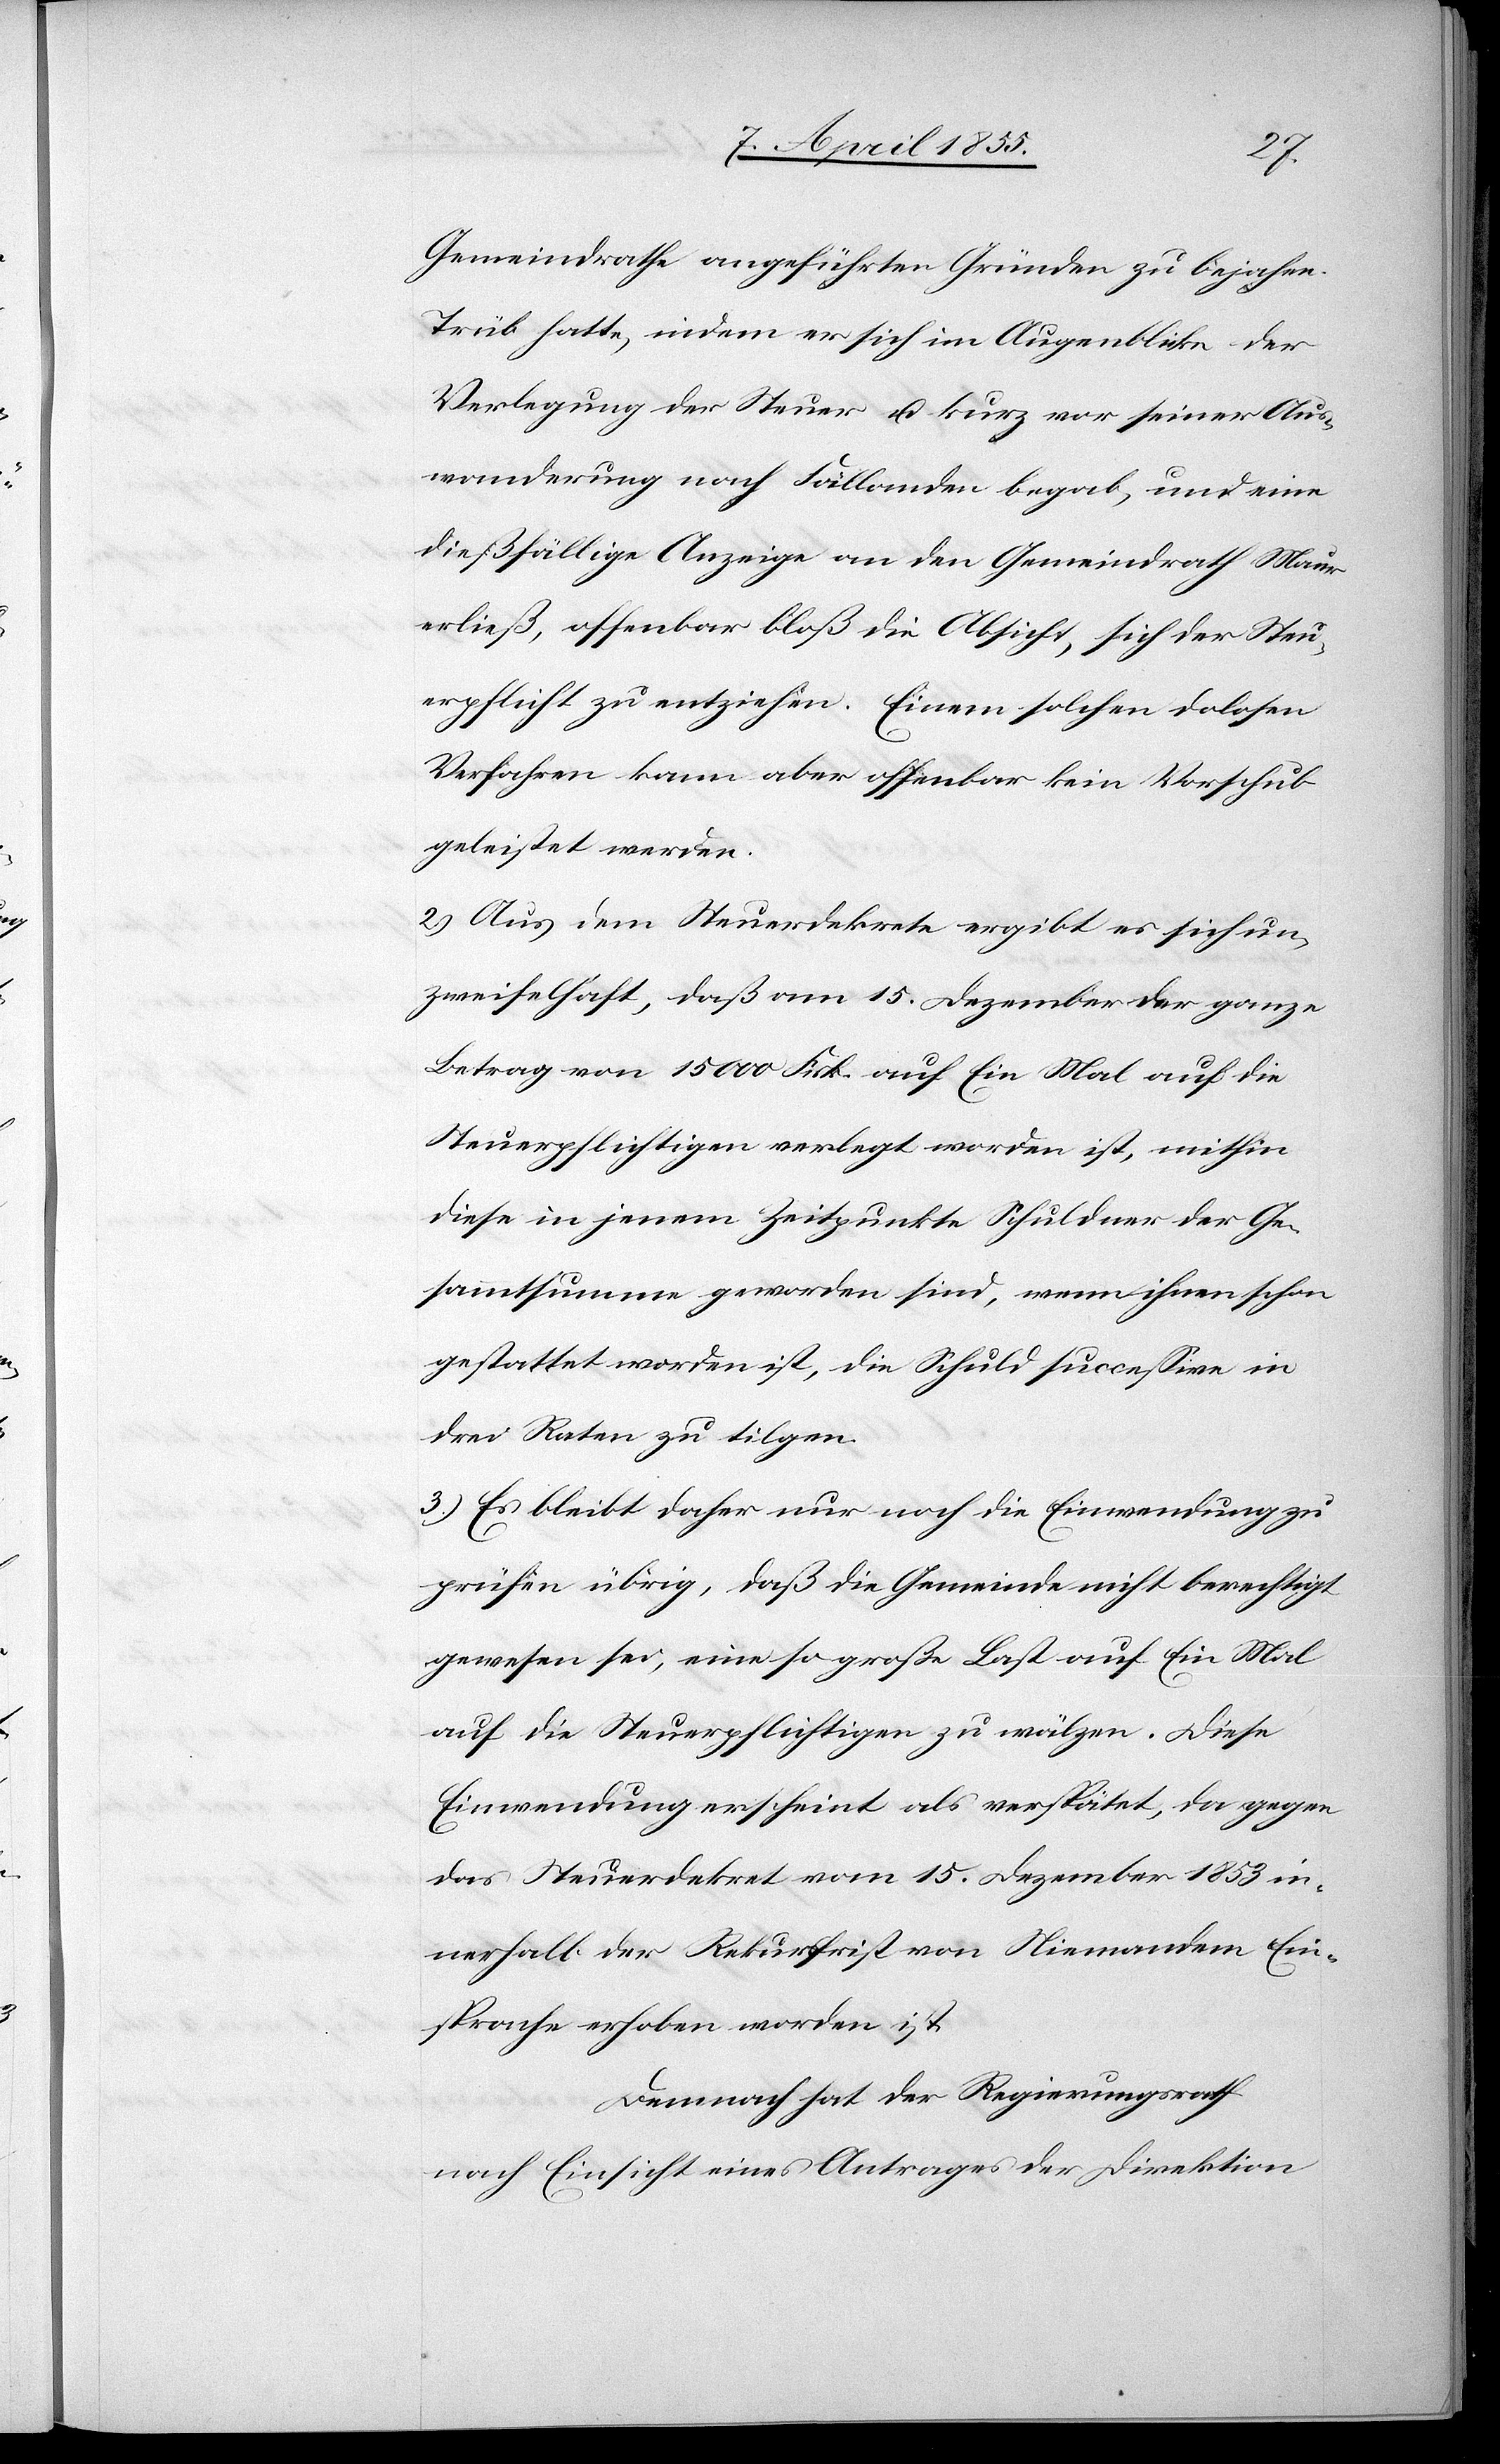
Gemeindrathe angeführten Gründen zu bejahen.
Trüb hatte, indem er sich im Augenblicke der
Verlegung der Steuer u. kurz vor seiner Aus¬
wanderung nach Fällanden begab, und eine
dießfällige Anzeige an den Gemeindrath Maur
erließ, offenbar bloß die Absicht, sich der Steu¬
erpflicht zu entziehen. Einem solchen dolosen
Verfahren kann aber offenbar kein Vorschub
geleistet werden.
2.) Aus dem Steuerdekrete ergibt es sich un¬
zweifelhaft, daß am 15. Dezember der ganze
Betrag von 15 000 Frk. auf Ein Mal auf die
Steuerpflichtigen verlegt worden ist, mithin
diese in jenem Zeitpunkte Schuldner der Ge¬
sammtsumme geworden sind, wenn ihnen schon
gestattet worden ist, die Schuld successive in
drei Raten zu tilgen.
3.) Es bleibt daher nur noch die Einwendung zu
prüfen übrig, daß die Gemeinde nicht berechtigt
gewesen sei, eine so große Last auf Ein Mal
auf die Steuerpflichtigen zu wälzen. Diese
Einwendung erscheint als verspätet, da gegen
das Steuerdekret vom 15. Dezember 1853 in¬
nerhalb der Rekursfrist von Niemandem Ein¬
sprache erhoben worden ist.
Demnach hat der Regierungsrath
nach Einsicht eines Antrages der Direktion